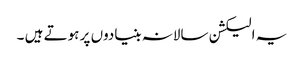
یہ الیکشن سالانہ بنیادوں پر ہوتے ہیں ۔